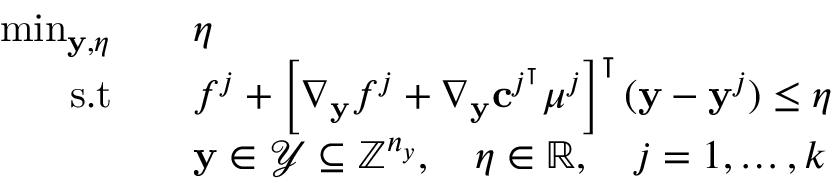
\begin{array} { r l } { \operatorname* { m i n } _ { \mathbf { y } , \eta } } & { \quad \eta } \\ { \mathrm { s . t } } & { \quad f ^ { j } + \left[ \nabla _ { \mathbf { y } } f ^ { j } + \nabla _ { \mathbf { y } } \mathbf { c } ^ { j ^ { \intercal } } \boldsymbol { \mu } ^ { j } \right] ^ { \intercal } ( \mathbf { y } - \mathbf { y } ^ { j } ) \leq \eta } \\ & { \quad \mathbf { y } \in \mathcal { Y } \subseteq \mathbb { Z } ^ { n _ { y } } , \quad \eta \in \mathbb { R } , \quad j = 1 , \dots , k } \end{array}